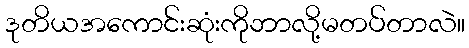
ဒုတိယအကောင်းဆုံးကိုဘာလို့မတပ်တာလဲ။